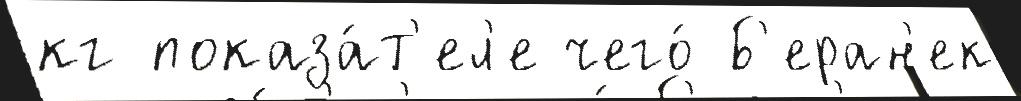
кг показа́т'ел'е чего́ Б'еран'ек